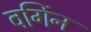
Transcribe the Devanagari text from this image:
वर्गिन